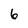
Character: 6